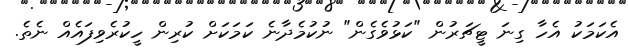
އެކަމަކު އެހާ ގިނަ ޓީޗަރުން "ކަޅުވެގެން" ނުކުމެދާނެ ކަމަކަށް ކުރިން ހީކުރެވިފައެއް ނެތެ.